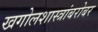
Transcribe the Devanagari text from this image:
खगोलशास्त्रांबरोबर